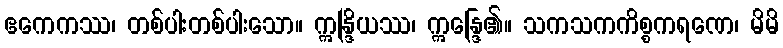
ဧကေကဿ၊ တစ်ပါးတစ်ပါးသော။ ဣန္ဒြိယဿ၊ ဣန္ဒြေ၏။ သကသကကိစ္စကရဏေ၊ မိမိ